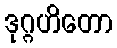
ဒုဂ္ဂဟိတော